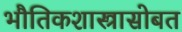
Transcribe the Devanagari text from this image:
भौतिकशास्त्रासोबत